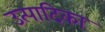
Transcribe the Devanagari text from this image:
उत्पादिका